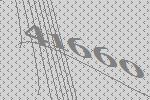
41660